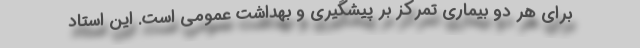
برای هر دو بیماری تمرکز بر پیشگیری و بهداشت عمومی است. این استاد